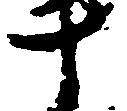
十